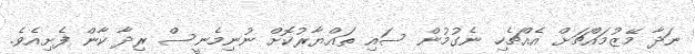
ނަދާ މޭޒުމައްޗަށް އެއްޗެހި ނެގުމުން ސައި ތައްޔާރުކޮށް ނުނިމެނީސް ރިދާ ކާން ފެށިއެވެ.